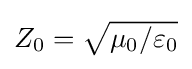
{\textstyle Z_{0}={\sqrt {\mu _{0}/\varepsilon _{0}}}}